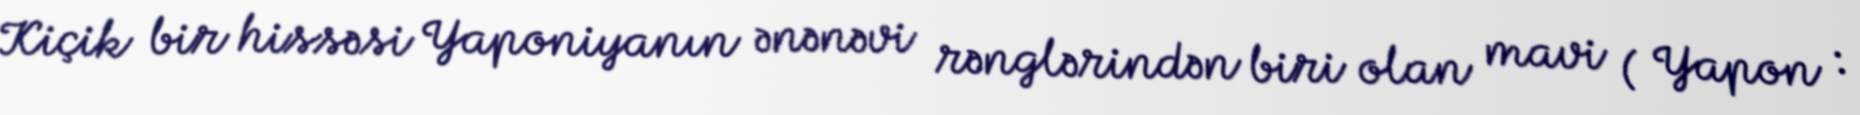
Kiçik bir hissəsi Yaponiyanın ənənəvi rənglərindən biri olan mavi ( Yapon :